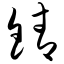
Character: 锖